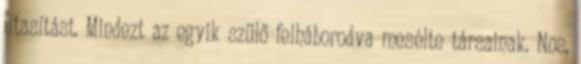
utasítást. Mindezt az egyik szülő felháborodva mesélte társainak. Nos,